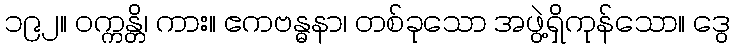
၁၉၂။ ဝက္ကန္တိ၊ ကား။ ဧကဗန္ဓနာ၊ တစ်ခုသော အဖွဲ့ရှိကုန်သော။ ဒွေ